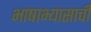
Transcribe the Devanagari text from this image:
भाषाभ्यासाची